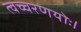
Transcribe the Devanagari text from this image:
त्वच्चरणयोः।